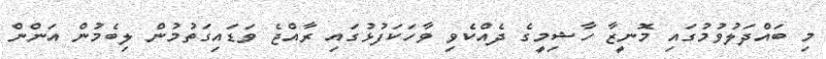
މި ބައްދަލުވުމުގައި މޮނީޒާ ހާޝިމީގެ ދެއްކެވި ވާހަކަފުޅުގައި ރާއްޖެ ވަޑައިގަތުމުން ލިބެމުން އަންން